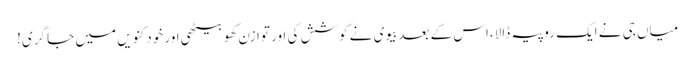
میاں جی نے ایک روپیہ ڈالا،اس کے بعدبیوی نے کوشش کی اور توازن کھو بیٹھی اور خود کنویں میں جا گری!